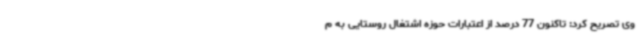
وی تصریح کرد: تاکنون 77 درصد از اعتبارات حوزه اشتغال روستایی به م